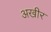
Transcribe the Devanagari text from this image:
अखीर